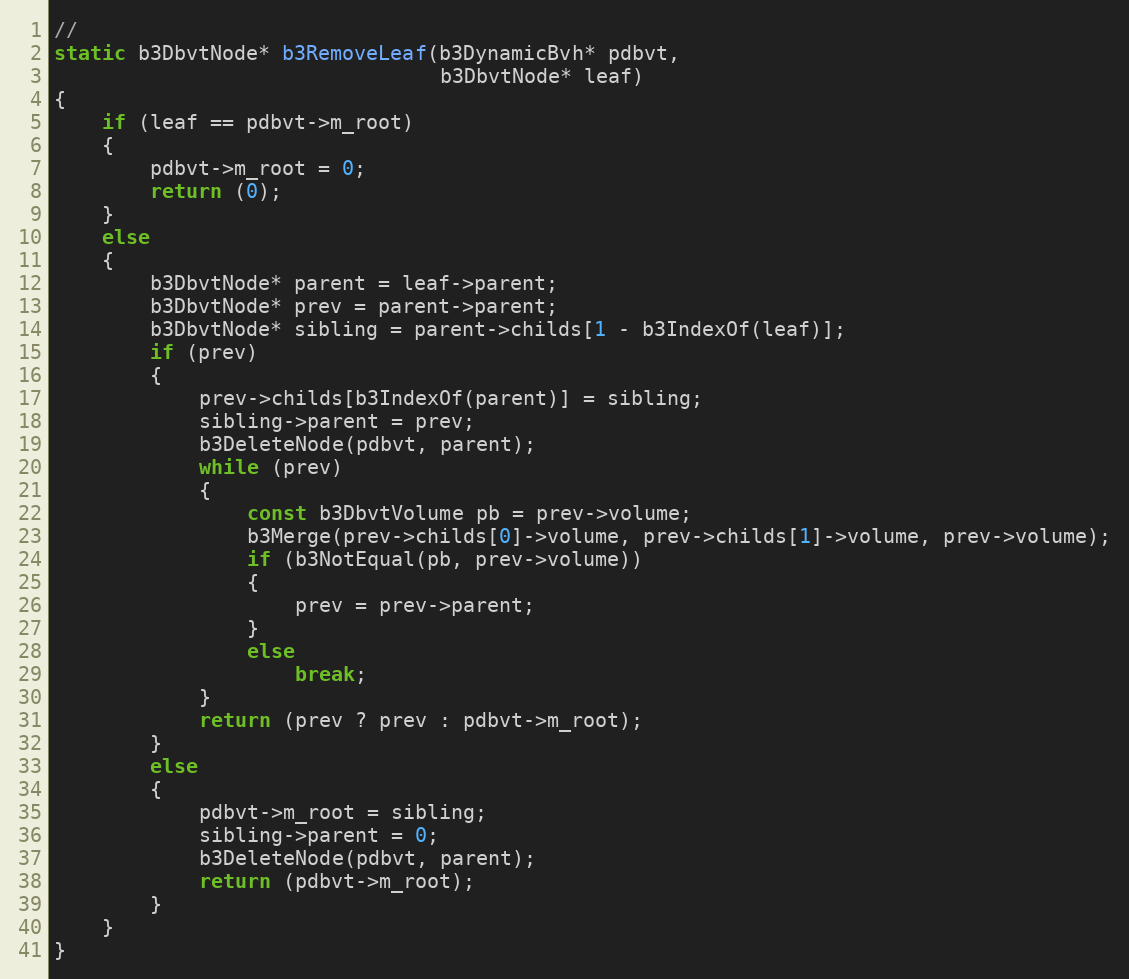
Language: C++
//
static b3DbvtNode* b3RemoveLeaf(b3DynamicBvh* pdbvt,
								b3DbvtNode* leaf)
{
	if (leaf == pdbvt->m_root)
	{
		pdbvt->m_root = 0;
		return (0);
	}
	else
	{
		b3DbvtNode* parent = leaf->parent;
		b3DbvtNode* prev = parent->parent;
		b3DbvtNode* sibling = parent->childs[1 - b3IndexOf(leaf)];
		if (prev)
		{
			prev->childs[b3IndexOf(parent)] = sibling;
			sibling->parent = prev;
			b3DeleteNode(pdbvt, parent);
			while (prev)
			{
				const b3DbvtVolume pb = prev->volume;
				b3Merge(prev->childs[0]->volume, prev->childs[1]->volume, prev->volume);
				if (b3NotEqual(pb, prev->volume))
				{
					prev = prev->parent;
				}
				else
					break;
			}
			return (prev ? prev : pdbvt->m_root);
		}
		else
		{
			pdbvt->m_root = sibling;
			sibling->parent = 0;
			b3DeleteNode(pdbvt, parent);
			return (pdbvt->m_root);
		}
	}
}